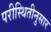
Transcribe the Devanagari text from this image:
परीस्थितीनुसार